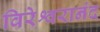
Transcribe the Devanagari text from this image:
विरेश्वरानंद